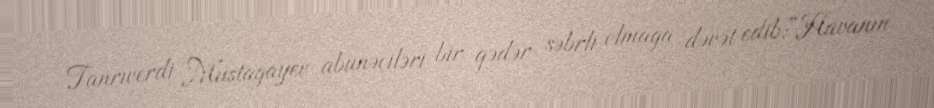
Tanrıverdi Mustagayev abunəçiləri bir qədər səbrli olmağa dəvət edib:“Havanın